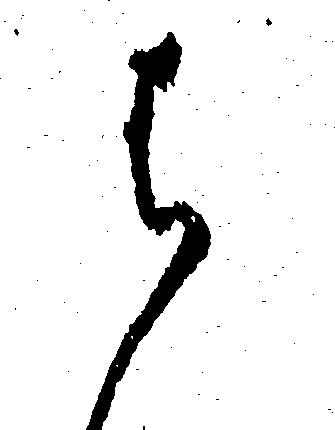
は